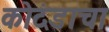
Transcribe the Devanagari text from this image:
कोदंडाचा